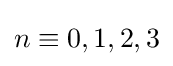
n\equiv 0,1,2,3